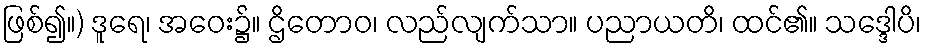
ဖြစ်၍။) ဒူရေ၊ အဝေး၌။ ဌိတောဝ၊ လည်လျက်သာ။ ပညာယတိ၊ ထင်၏။ သဒ္ဒေါပိ၊